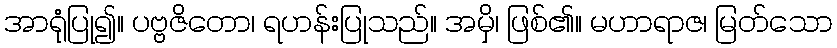
အာရုံပြု၍။ ပဗ္ဗဇိတော၊ ရဟန်းပြုသည်။ အမှိ၊ ဖြစ်၏။ မဟာရာဇ၊ မြတ်သော